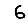
Digit: 6